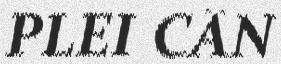
PLEI CẦN